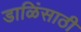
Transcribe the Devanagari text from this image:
डाळिंसाठी